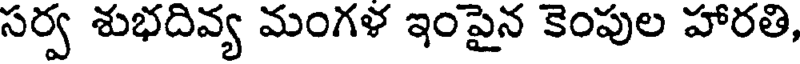
సర్వ శుభదివ్య మంగళ ఇంపైన కెంపుల హారతి,